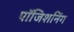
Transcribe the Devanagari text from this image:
पॉजिशनिंग